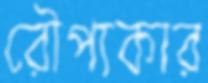
রৌপ্যকার